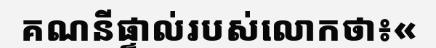
គណនីផ្ទាល់របស់លោកថា៖«